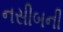
નસીબની